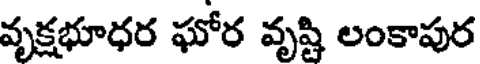
వృక్షభూధర ఘోర వృష్టి లంకాపుర